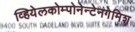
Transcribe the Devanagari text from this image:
व्हियेलकोम्पोनेन्टेनगेमिश